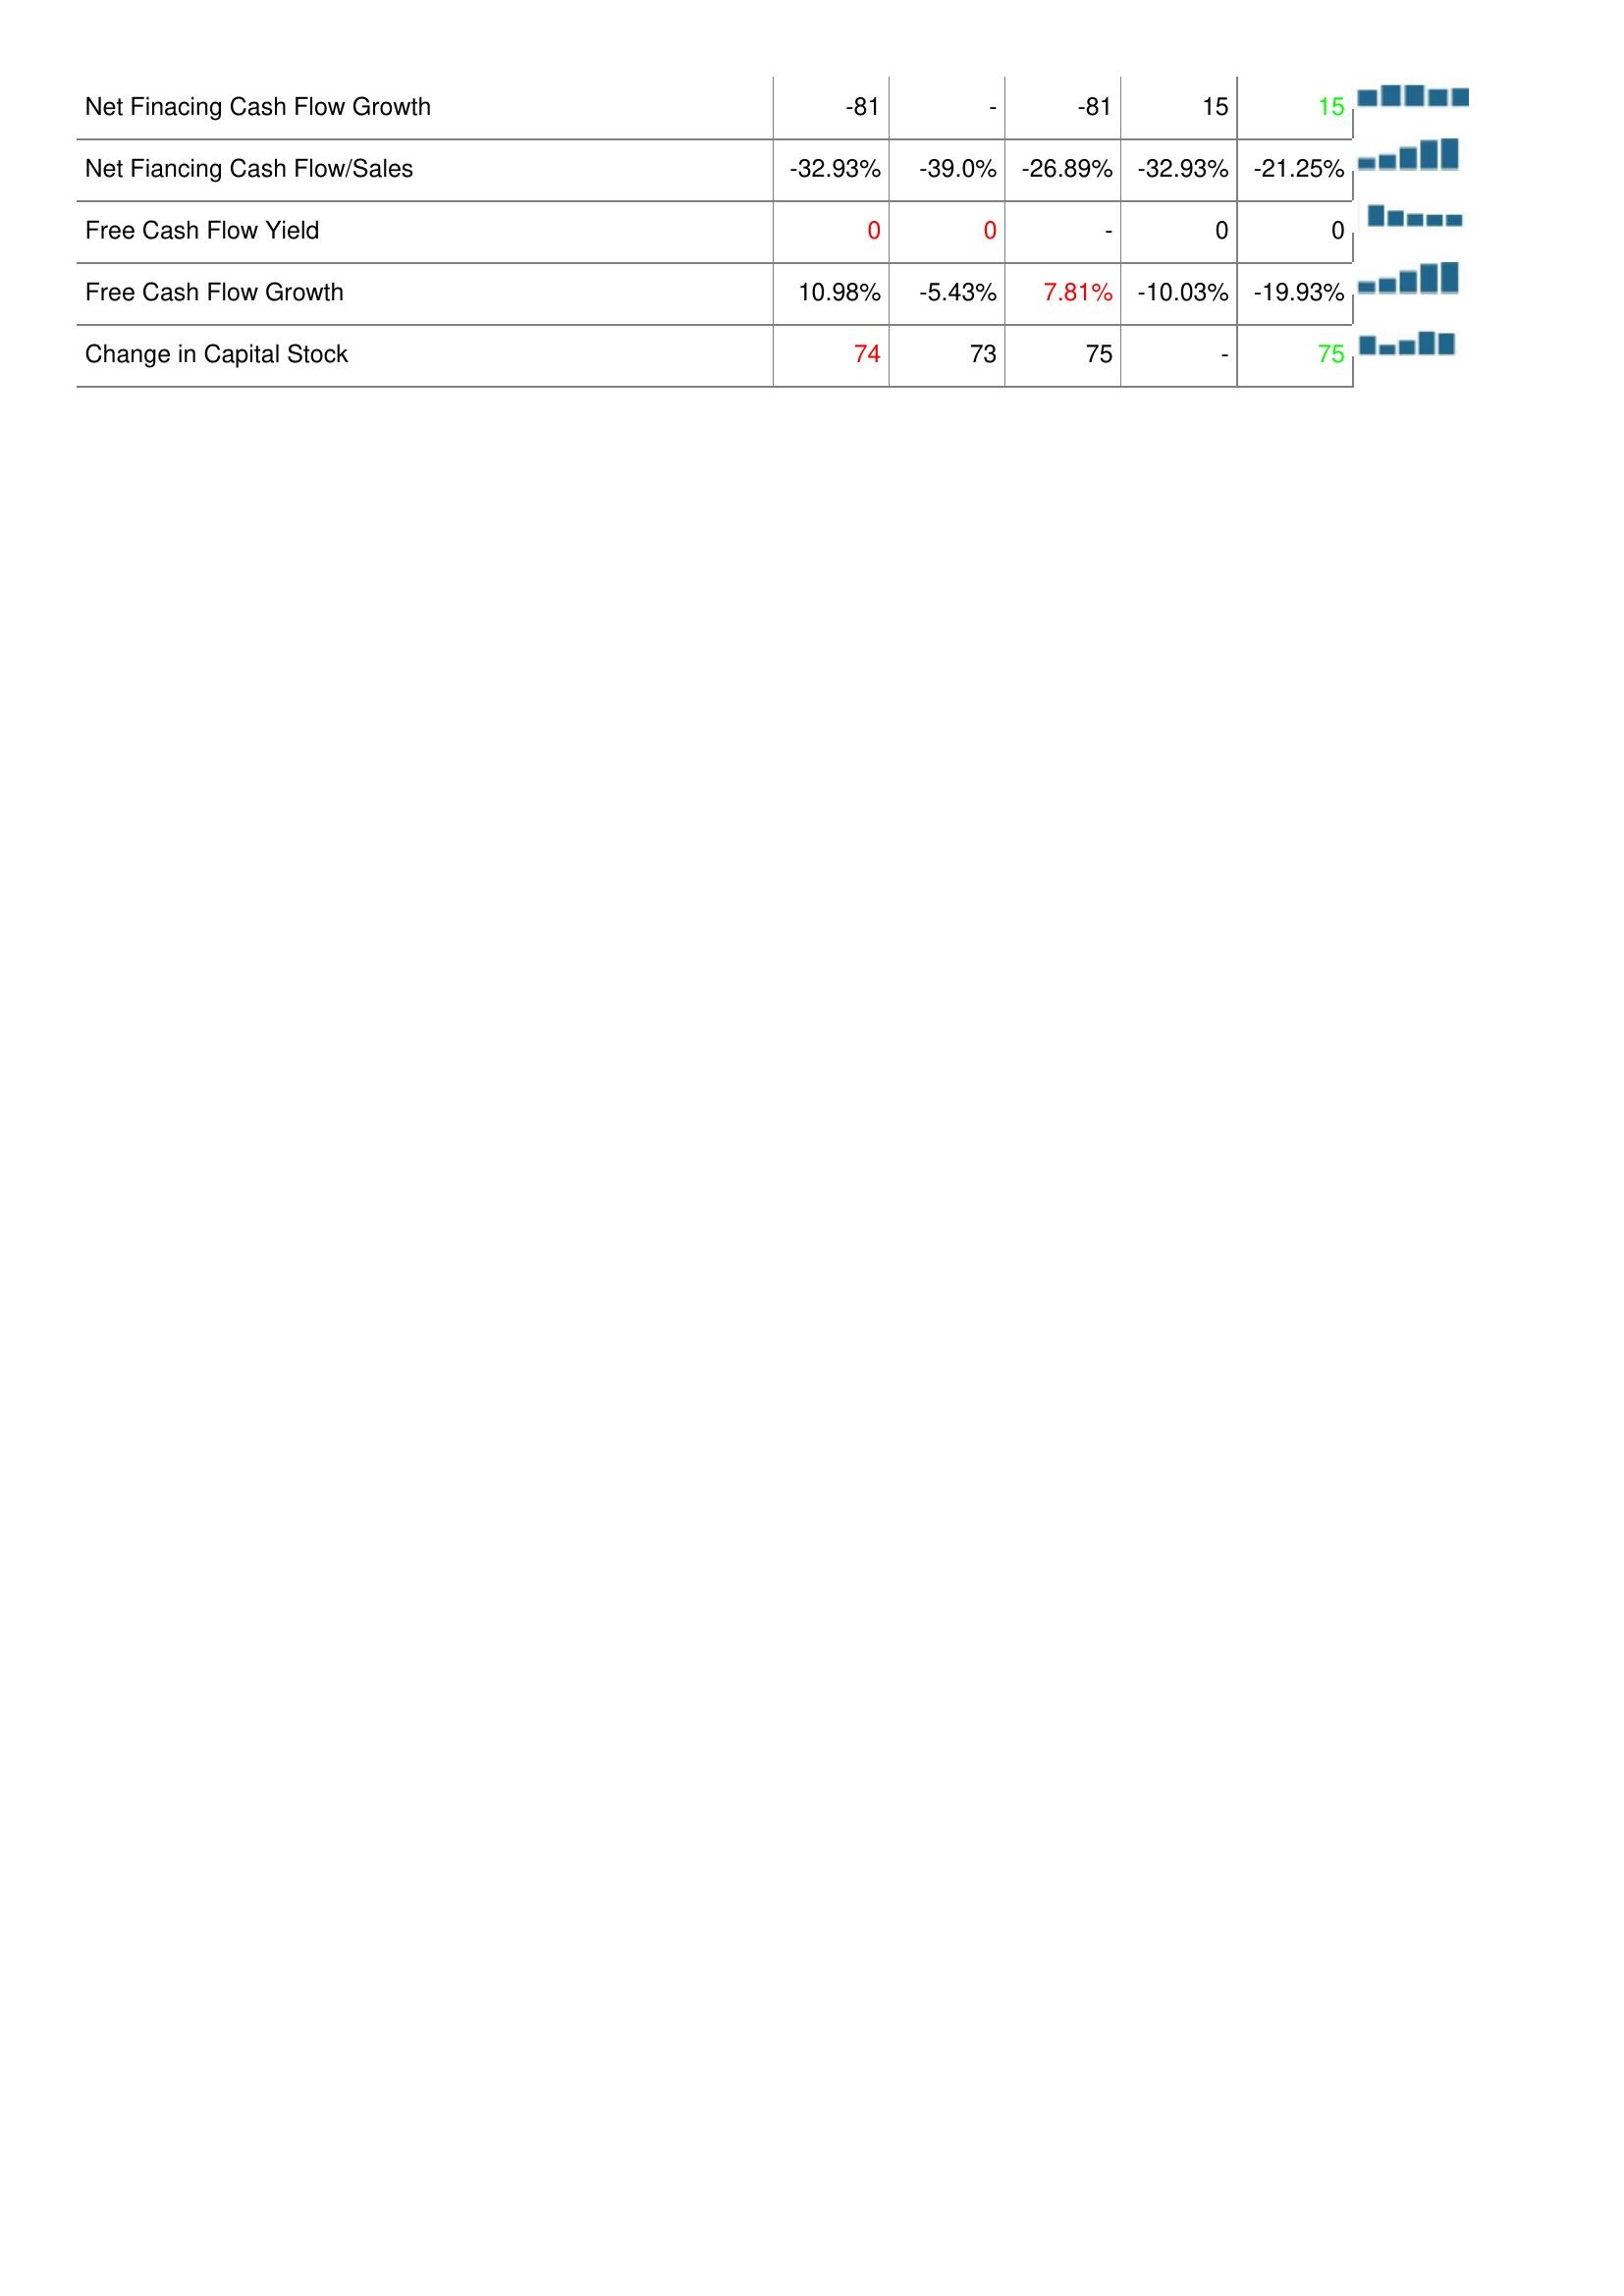
2014: Financing Activities: Net Finacing Cash Flow Growth: -81
Net Fiancing Cash Flow/Sales: -32.93%
Free Cash Flow Yield: 0
Free Cash Flow Growth: 10.98%
Change in Capital Stock: 74
2013: Financing Activities: Net Finacing Cash Flow Growth: -
Net Fiancing Cash Flow/Sales: -39.0%
Free Cash Flow Yield: 0
Free Cash Flow Growth: -5.43%
Change in Capital Stock: 73
2012: Financing Activities: Net Finacing Cash Flow Growth: -81
Net Fiancing Cash Flow/Sales: -26.89%
Free Cash Flow Yield: -
Free Cash Flow Growth: 7.81%
Change in Capital Stock: 75
2011: Financing Activities: Net Finacing Cash Flow Growth: 15
Net Fiancing Cash Flow/Sales: -32.93%
Free Cash Flow Yield: 0
Free Cash Flow Growth: -10.03%
Change in Capital Stock: -
2010: Financing Activities: Net Finacing Cash Flow Growth: 15
Net Fiancing Cash Flow/Sales: -21.25%
Free Cash Flow Yield: 0
Free Cash Flow Growth: -19.93%
Change in Capital Stock: 75